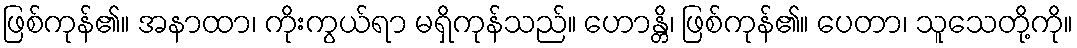
ဖြစ်ကုန်၏။ အနာထာ၊ ကိုးကွယ်ရာ မရှိကုန်သည်။ ဟောန္တိ၊ ဖြစ်ကုန်၏။ ပေတာ၊ သူသေတို့ကို။